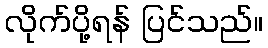
လိုက်ပို့ရန် ပြင်သည်။